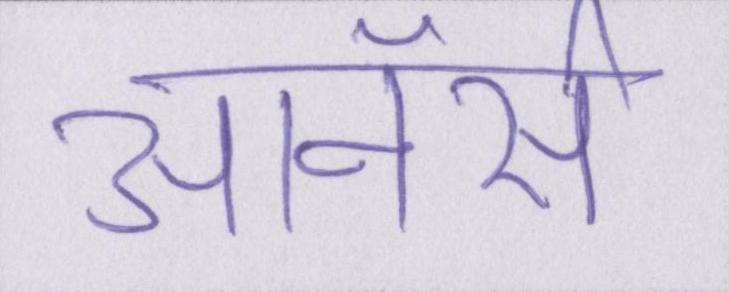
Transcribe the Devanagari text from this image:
ऑनर्स